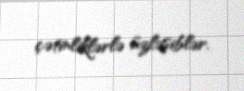
çətinliklərlə üzləşiblər.